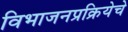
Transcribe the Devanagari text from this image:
विभाजनप्रक्रियेचे